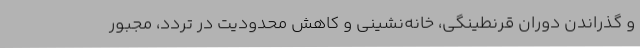
و گذراندن دوران قرنطینگی، خانه‌نشینی و کاهش محدودیت در تردد، مجبور